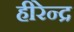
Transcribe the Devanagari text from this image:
हीरेन्द्र